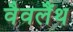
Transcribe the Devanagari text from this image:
वैवलैंथ